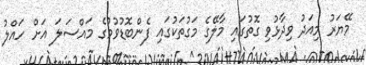
މޭޔަރު މިއަދު ވިދާޅުވި ގޮތުގައި މާލޭގެ މަގުތަކުގައި ފެންބޮޑުވުމުގެ މައްސަލަ އަށް ހައްލު